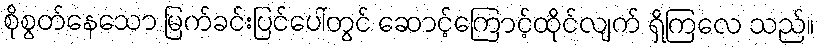
စိုစွတ်နေသော မြက်ခင်းပြင်ပေါ်တွင် ဆောင့်ကြောင့်ထိုင်လျက် ရှိကြလေ သည်။